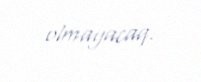
olmayacaq.